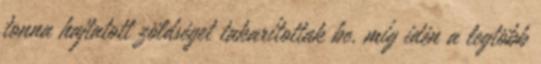
tonna hajtatott zöldséget takarítottak be, míg idén a legtöbb